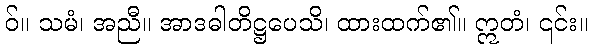
ဝ်။ သမံ၊ အညီ။ အာဒဓါတိဋ္ဌပေသိ၊ ထားထက်၏။ ဣတံ၊ ၎င်း။